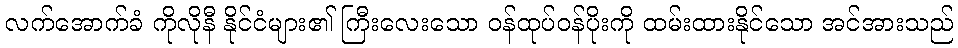
လက်အောက်ခံ ကိုလိုနီ နိုင်ငံများ၏ ကြီးလေးသော ဝန်ထုပ်ဝန်ပိုးကို ထမ်းထားနိုင်သော အင်အားသည်